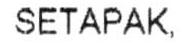
SETAPAK.